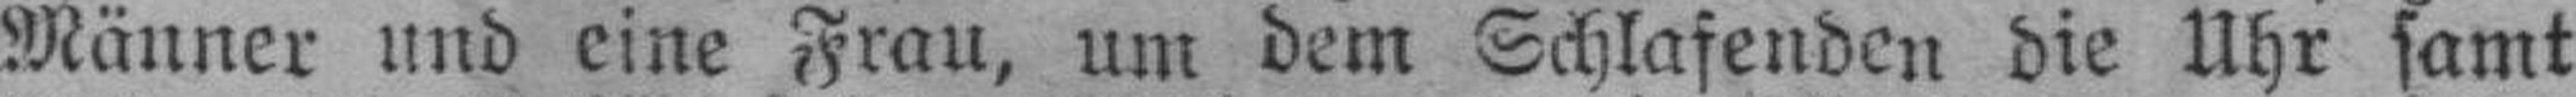
Männer und eine Frau, um dem Schlafenden die Uhr samt